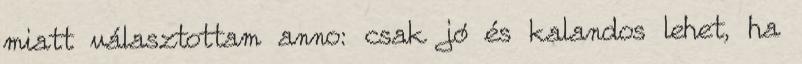
miatt választottam anno: csak jó és kalandos lehet, ha